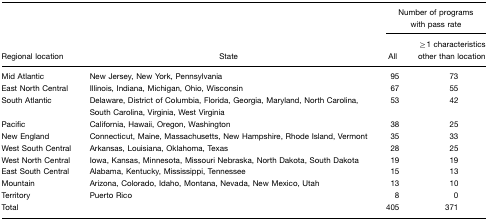
<table><thead><tr><td></td><td></td><td colspan="2"><b>Number of programs with pass rate</b></td></tr><tr><td><b>Regional location</b></td><td><b>State</b></td><td><b>All</b></td><td><b>≥1 characteristics other than location</b></td></tr></thead><tbody><tr><td>Mid Atlantic</td><td>New Jersey, New York, Pennsylvania</td><td>95</td><td>73</td></tr><tr><td>East North Central</td><td>Illinois, Indiana, Michigan, Ohio, Wisconsin</td><td>67</td><td>55</td></tr><tr><td>South Atlantic</td><td>Delaware, District of Columbia, Florida, Georgia, Maryland, North Carolina, South Carolina, Virginia, West Virginia</td><td>53</td><td>42</td></tr><tr><td>Pacific</td><td>California, Hawaii, Oregon, Washington</td><td>38</td><td>25</td></tr><tr><td>New England</td><td>Connecticut, Maine, Massachusetts, New Hampshire, Rhode Island, Vermont</td><td>35</td><td>33</td></tr><tr><td>West South Central</td><td>Arkansas, Louisiana, Oklahoma, Texas</td><td>28</td><td>25</td></tr><tr><td>West North Central</td><td>Iowa, Kansas, Minnesota, Missouri Nebraska, North Dakota, South Dakota</td><td>19</td><td>19</td></tr><tr><td>East South Central</td><td>Alabama, Kentucky, Mississippi, Tennessee</td><td>15</td><td>13</td></tr><tr><td>Mountain</td><td>Arizona, Colorado, Idaho, Montana, Nevada, New Mexico, Utah</td><td>13</td><td>10</td></tr><tr><td>Territory</td><td>Puerto Rico</td><td>8</td><td>0</td></tr><tr><td>Total</td><td></td><td>405</td><td>371</td></tr></tbody></table>